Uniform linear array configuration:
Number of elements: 4
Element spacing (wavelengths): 0.5
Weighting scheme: exponential
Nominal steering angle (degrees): -60
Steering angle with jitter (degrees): -60.979
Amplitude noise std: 0.05
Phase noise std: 0.05

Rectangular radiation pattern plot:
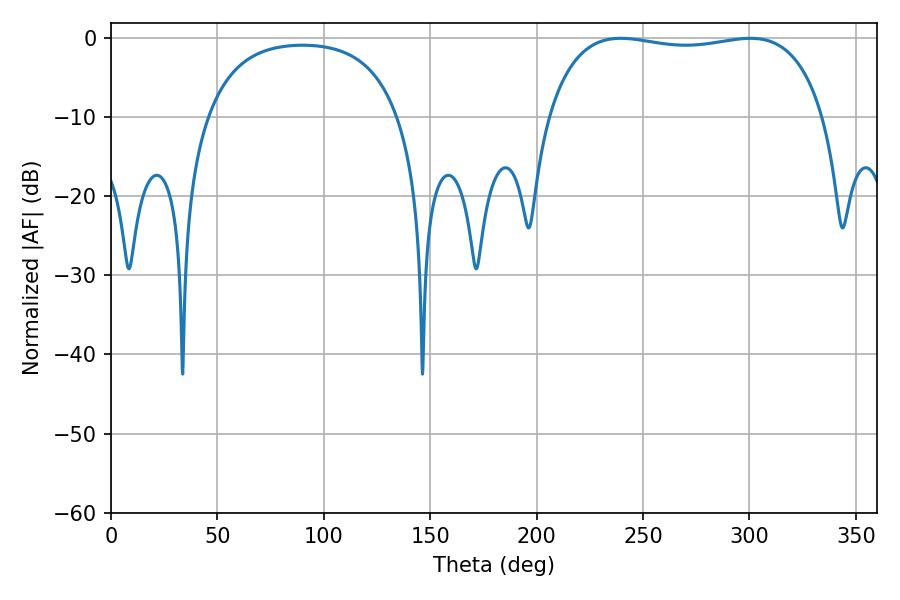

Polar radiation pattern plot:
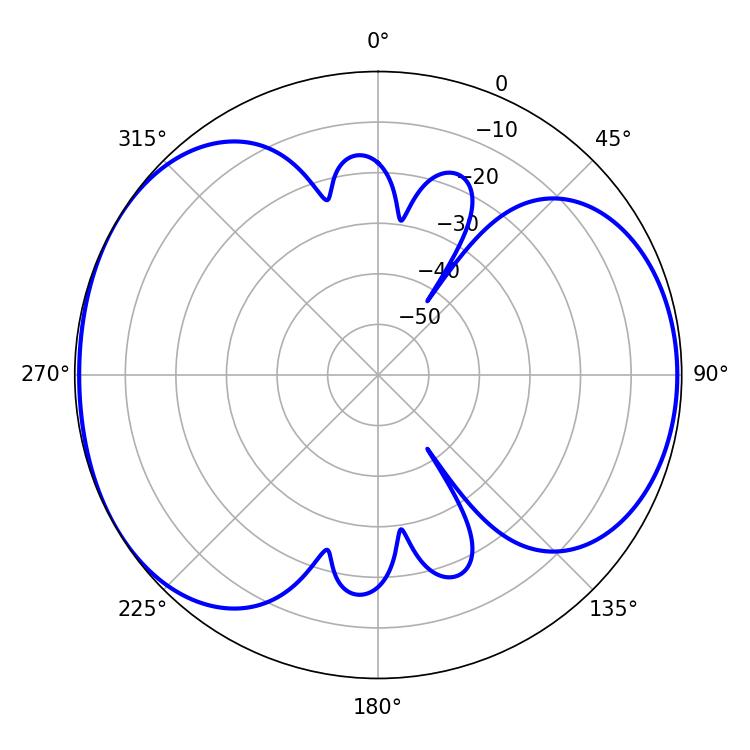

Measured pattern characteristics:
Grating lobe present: FALSE
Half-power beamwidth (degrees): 104.4
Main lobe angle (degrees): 239.58